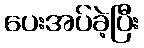
ပေးအပ်ခဲ့ပြီး